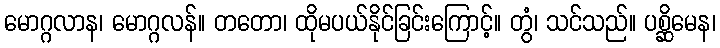
မောဂ္ဂလာန၊ မောဂ္ဂလန်။ တတော၊ ထိုမပယ်နိုင်ခြင်းကြောင့်။ တွံ၊ သင်သည်။ ပစ္ဆိမေန၊